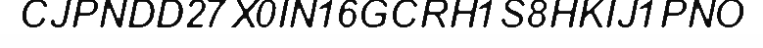
CJPNDD27X0IN16GCRH1S8HKIJ1PNO